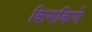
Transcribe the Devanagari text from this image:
किणकिणे